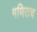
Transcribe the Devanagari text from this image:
गणितच